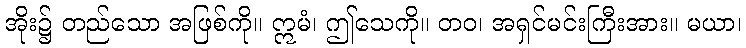
အိုး၌ တည်သော အဖြစ်ကို။ ဣမံ၊ ဤသေကို။ တဝ၊ အရှင်မင်းကြီးအား။ မယာ၊